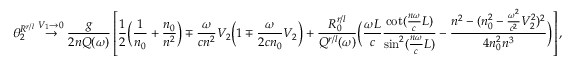
\theta _ { 2 } ^ { R ^ { r / l } } \stackrel { V _ { 1 } \rightarrow 0 } { \rightarrow } \frac { g } { 2 n Q ( \omega ) } \left[ \frac { 1 } { 2 } \bigg ( \frac { 1 } { n _ { 0 } } + \frac { n _ { 0 } } { n ^ { 2 } } \bigg ) \mp \frac { \omega } { c n ^ { 2 } } V _ { 2 } \bigg ( 1 \mp \frac { \omega } { 2 c n _ { 0 } } V _ { 2 } \bigg ) + \frac { R _ { 0 } ^ { r / l } } { Q ^ { r / l } ( \omega ) } \bigg ( \frac { \omega L } { c } \frac { \cot ( \frac { n \omega } { c } L ) } { \sin ^ { 2 } ( \frac { n \omega } { c } L ) } - \frac { n ^ { 2 } - ( n _ { 0 } ^ { 2 } - \frac { \omega ^ { 2 } } { c ^ { 2 } } V _ { 2 } ^ { 2 } ) ^ { 2 } } { 4 n _ { 0 } ^ { 2 } n ^ { 3 } } \bigg ) \right] ,